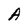
Character: A